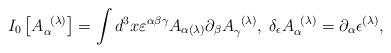
\begin{align*}I_{0}\left[ A_{\alpha }^{\;\;(\lambda )}\right] =\int d^{3}x\varepsilon^{\alpha \beta \gamma }A_{\alpha (\lambda )}\partial _{\beta }A_{\gamma}^{\;\;(\lambda )},\;\delta _{\epsilon }A_{\alpha }^{\;\;(\lambda)}=\partial _{\alpha }\epsilon ^{(\lambda )}, \end{align*}